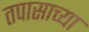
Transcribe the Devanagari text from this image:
तपासाच्या